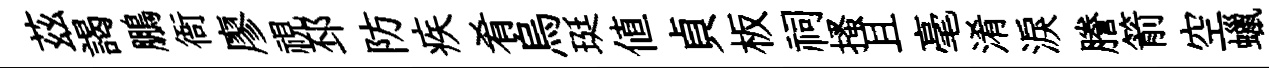
茲謁鵬衙廖視邳防疾肴烏珽值貞板祠搔且毫淆淚謄箭空蠟